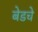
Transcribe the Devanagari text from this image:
बेडचे